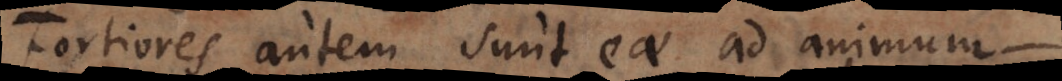
ores autem sunt eae ad animum